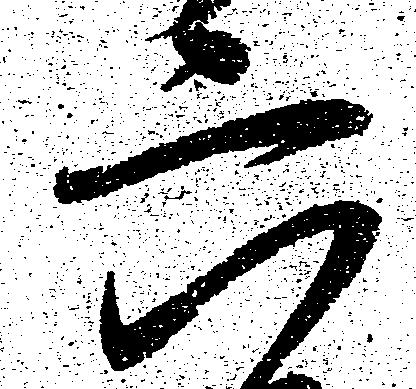
六